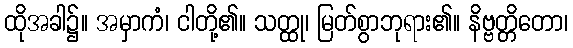
ထိုအခါ၌။ အမှာကံ၊ ငါတို့၏။ သတ္ထု၊ မြတ်စွာဘုရား၏။ နိဗ္ဗတ္တိတော၊